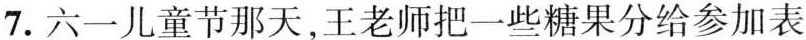
7. 六一儿童节那天，王老师把一些糖果分给参加表